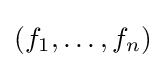
(f_{1},\ldots ,f_{n})